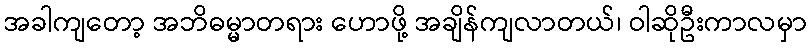
အခါကျတော့ အဘိဓမ္မာတရား ဟောဖို့ အချိန်ကျလာတယ်၊ ဝါဆိုဦးကာလမှာ